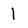
Character: 1